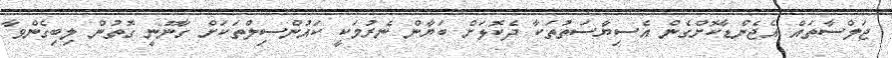
ޖަލްސާތައް އެޖެންޑާކޮށްގެން އެސިޔާސަތުތަކާ ދެކޮޅަށް ބަޔާން ނެރުމަކީ ކައުންސިލްތަކަށް ގާނޫނީ ގޮތުން ލިބިގެންވާ